Indian Civil Veterinary Department memoirs
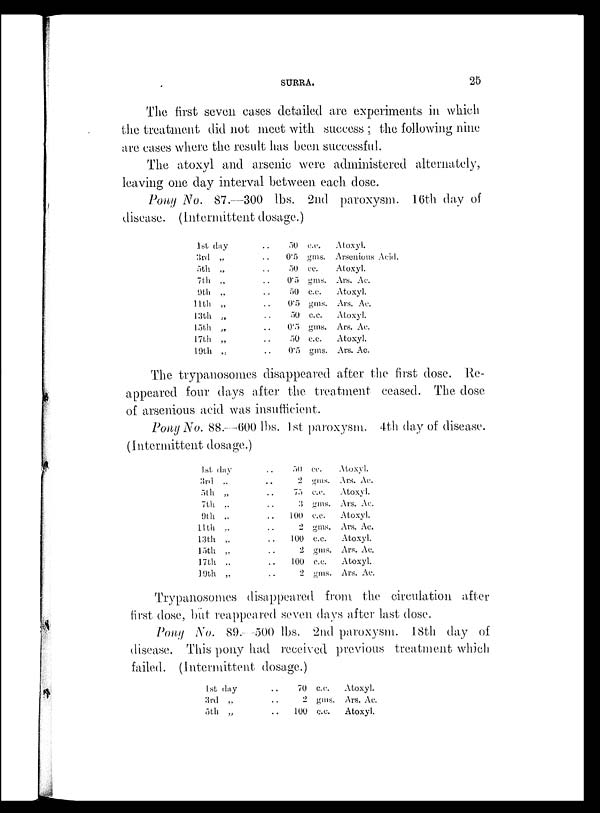
SURRA.
25
The first seven cases detailed are experiments in which
the treatment did not meet with success; the following nine
are cases where the result has been successful.
The atoxyl and arsenic were administered alternately,
leaving one day interval between each dose.
Pony No. 87.—300 lbs. 2nd paroxysm. 16th day of
disease. (intermittent dosage.)
1st day
3rd „
5th „
7th „
9th „
11th „
13th „
15th „
17th „
19th „
. . 50 c.c.
. . 0.5 gms.
. . 50 cc.
. . 0.5 gms.
. . 50 c.c.
. . 0.5 gms.
. . 50 c.c.
. . 0.5 gms.
. . 50 c.c.
. . 0.5 gms.
Atoxyl.
Arsenious Acid.
Atoxyl.
Ars. Ac.
Atoxyl.
Ars. Ac.
Atoxyl.
Ars. Ac.
Atoxyl.
Ars. Ac.
The trypanosomes disappeared after the first dose. Re-
appeared four days after the treatment ceased. The dose
of arsenious acid was insufficient.
Pony No. 88.—600 lbs. 1st paroxysm. 4th day of disease.
(Intermittent dosage.)
1st day
3rd „
5th „
7th „
9th „
11th „
13th „
15th „
17th „
19th „
. . 50 cc.
. . 2 gms.
. . 75 c.c.
. . 3 gms.
. . 100 c.c.
. . 2 gms.
. . 100 c.c.
. . 2 gms.
. . 100 c.c.
. . 2 gms.
Atoxyl.
Ars. Ac.
Atoxyl.
Ars. Ac.
Atoxyl.
Ars. Ac.
Atoxyl.
Ars. Ac.
Atoxyl.
Ars. Ac.
Trypanosomes disappeared from the circulation after
first dose, but reappeared seven days after last dose.
Pony No. 89.—500 lbs. 2nd paroxysm. 18th day of
disease. This pony had received previous treatment which
failed. (intermittent dosage.)
1st day
3rd „
5th „
. . 70 c.c.
. . 2 gms.
. . 100 c.c.
Atoxyl.
Ars. Ac.
Atoxyl.